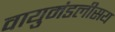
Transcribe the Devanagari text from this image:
वायुमंडलीसय